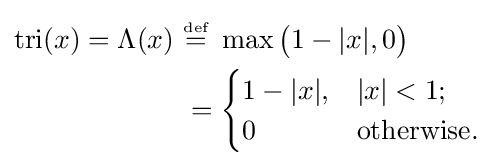
{\begin{aligned}\operatorname {tri} (x)=\Lambda (x)\ &{\overset {\underset {\text{def}}{}}{=}}\ \max {\big (}1-|x|,0{\big )}\\&={\begin{cases}1-|x|,&|x|<1;\\0&{\text{otherwise}}.\\\end{cases}}\end{aligned}}